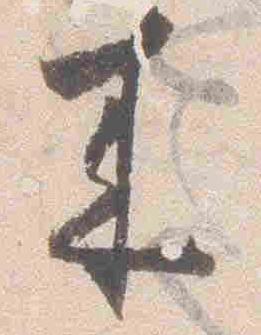
来